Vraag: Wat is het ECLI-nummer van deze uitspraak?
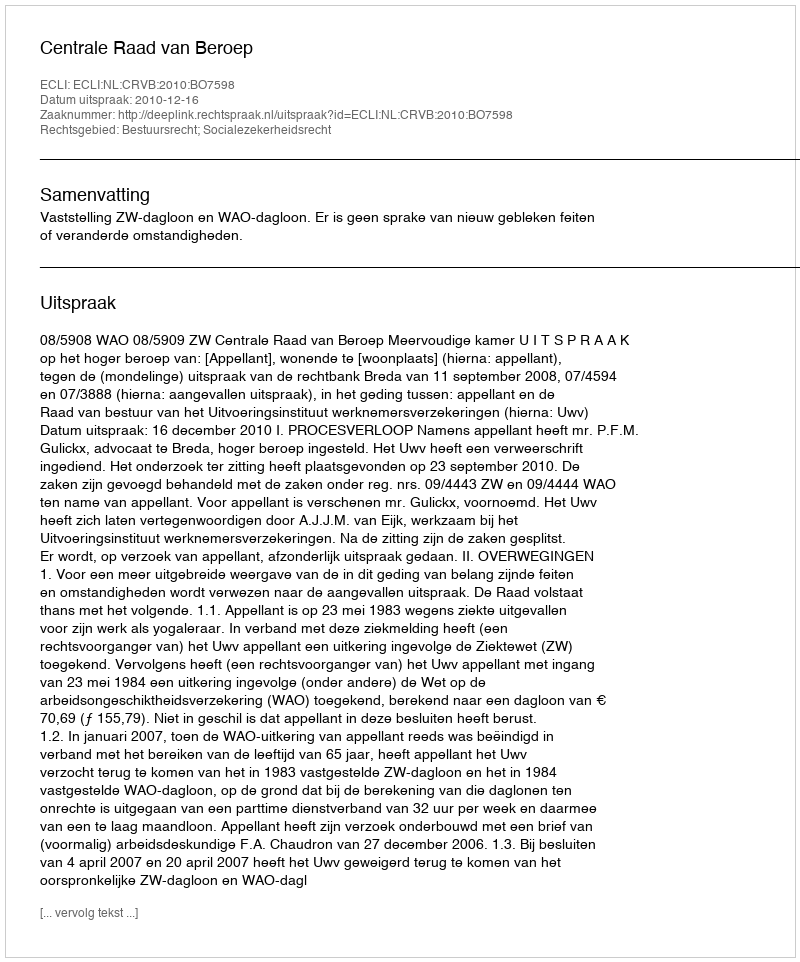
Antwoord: ECLI:NL:CRVB:2010:BO7598